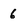
Character: 6